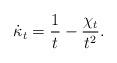
LaTeX: \begin{align*} \dot\kappa_t = \frac{1}{t} - \frac{\chi_t}{t^2}.\end{align*}